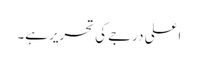
اعلی درجے کی تحریر ہے۔